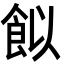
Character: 䬮